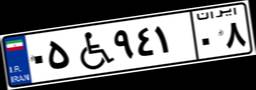
۷۷W۴۹۳۶۶